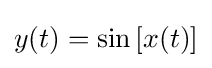
y(t)=\sin {[x(t)]}